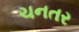
ચનતર